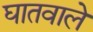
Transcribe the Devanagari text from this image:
घातवाले